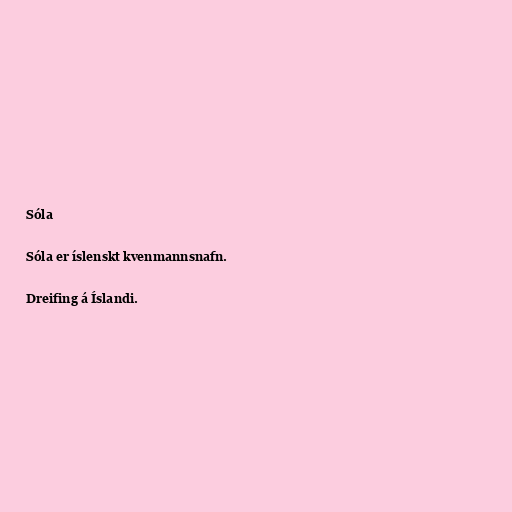
Sóla

Sóla er íslenskt kvenmannsnafn.

Dreifing á Íslandi.